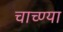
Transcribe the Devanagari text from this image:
चाच्ण्या